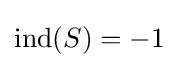
\operatorname {ind} (S)=-1